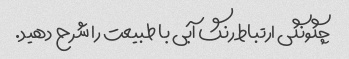
چگونگی ارتباط رنگ آبی با طبیعت را شرح دهید.